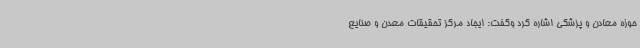
حوزه معادن و پزشکی اشاره کرد وگفت: ایجاد مرکز تحقیقات معدن و صنایع